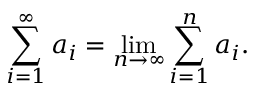
\sum _ { i = 1 } ^ { \infty } a _ { i } = \operatorname* { l i m } _ { n \to \infty } \sum _ { i = 1 } ^ { n } a _ { i } .